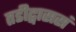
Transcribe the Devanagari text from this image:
तडीद्वाससं